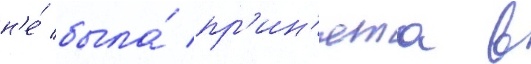
н'е́ была́ пр'ин'ята в